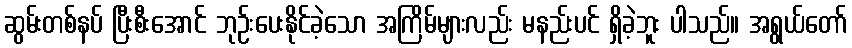
ဆွမ်းတစ်နပ် ပြီးစီးအောင် ဘုဉ်းပေးနိုင်ခဲ့သော အကြိမ်များလည်း မနည်းပင် ရှိခဲ့ဘူး ပါသည်။ အရွယ်တော်